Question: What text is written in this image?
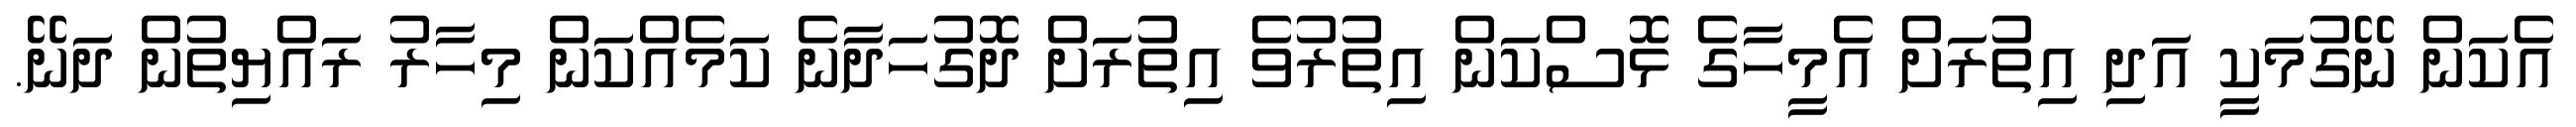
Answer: އެކަން ނޭގުމަކީ އަދި އިތުރަށް އެމީހާގެ ޅޮސްކަން އިތުރުވެ އިތުރަށް ދޮގުހަދާނެ ކަމެއްކަން މިހާރު ރައްޔިތުން ދަނޭ.